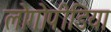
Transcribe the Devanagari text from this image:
लोगोपीडिया